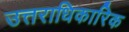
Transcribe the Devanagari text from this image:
उत्तराधिकारिक